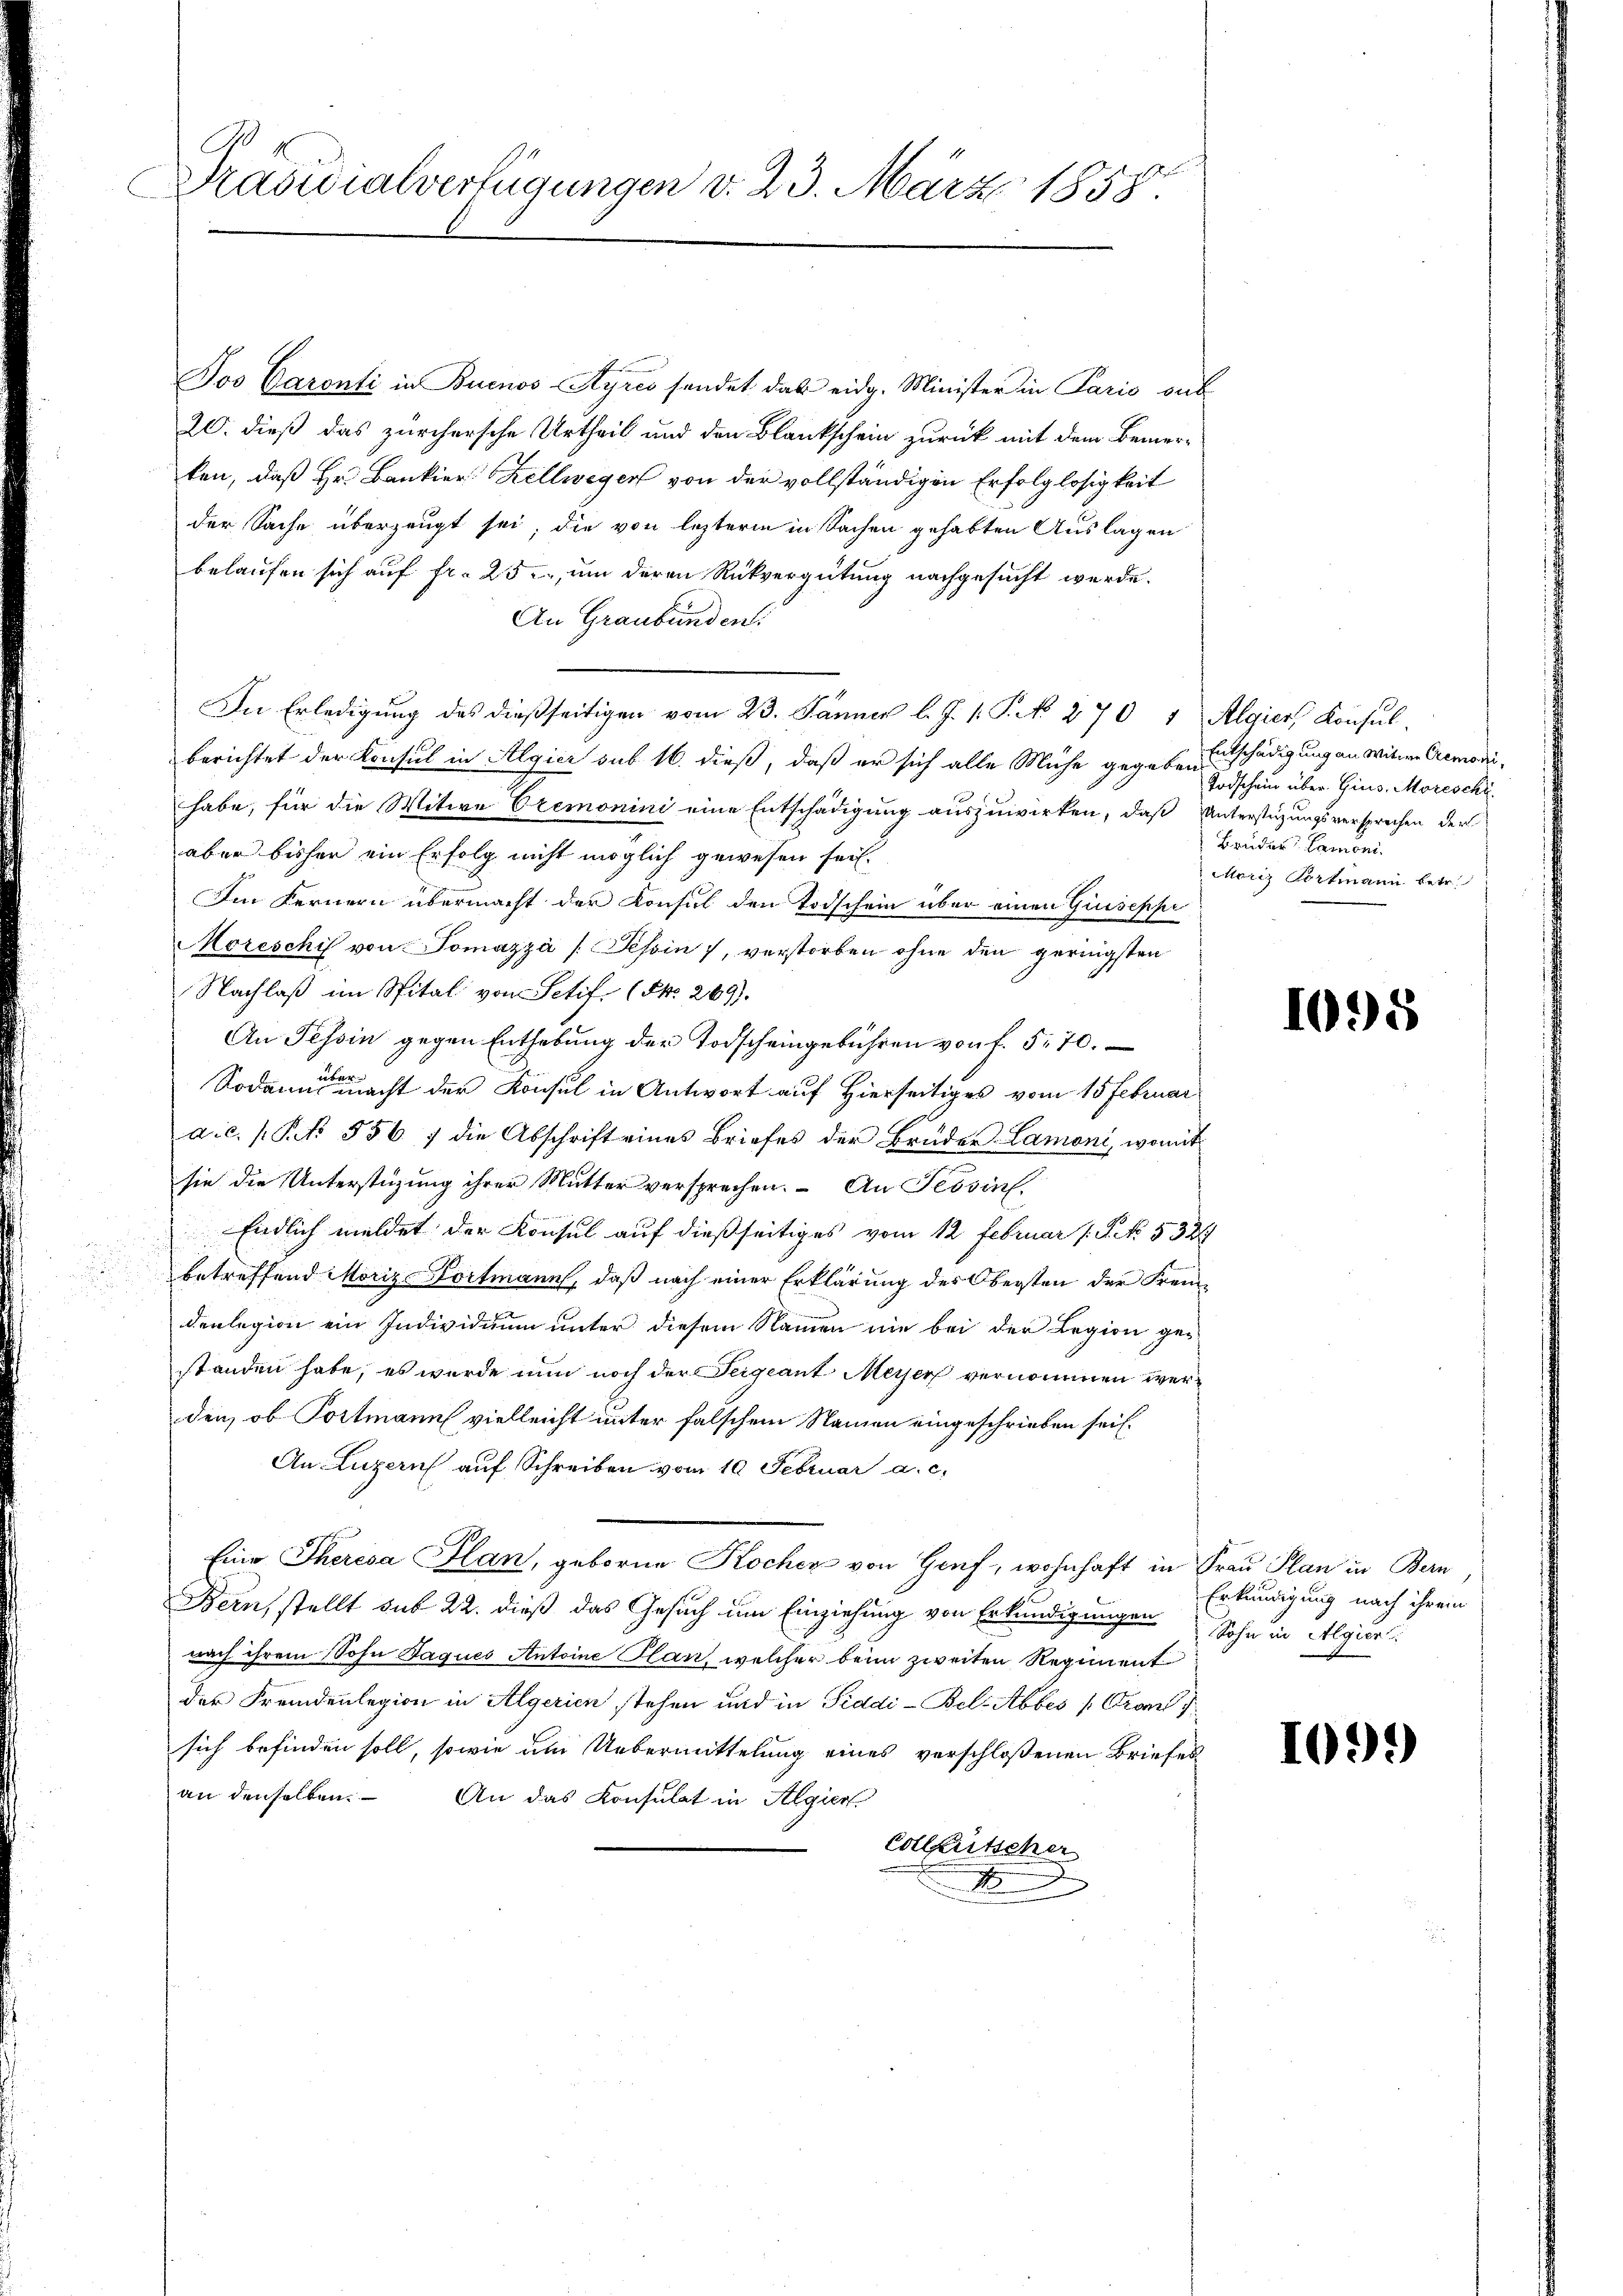
Präsidialverfügungen v. 23. März 1858.

Joo Caronti in Buenos-Ayres sendet das eidg. Minister in Paris auf
20. dieß das zürchersche Urtheil und den Blankschein zurück mit dem Bemerken, daß Hr. Bankier Zellwegen von der vollständigen Erfolglosigkeit
der Sache überzeugt sei, die von lezterm in Sachen gehabten Auslagen
belaufen sich auf fr. 25, um deren Rückvergütung nachgesucht werde.
An Graubünden.
In Erledigung des dießseitigen vom 23. Jänner l. J. 1. P. No. 270 1 Algier, Konsulberichtet der Konsul in Algier sub 16. dieß, daß er sich alle Mühe gegeben
habe, für die Witwe Cremonini eine Entschädigung auszuwirken, daß Unterstüzungsversprechen der
aber bisher ein Erfolg nicht möglich gewesen sei.
Im Fernern übermacht der Konsul den Todschein über einen Giuseppi
oreschif von Tomazza /: Tessin, verstorben ohne den geringsten
Nachlaß im Spital von Petif. (NNo. 269).
An Tessin gegen Enthebung der Todscheingebühren von f. 570.
Sodann er nacht der Konsul in Antwort auf Hierseitiges vom 15 Februar
dic. S. 556. 7 die Abschrift eines Briefes der Brüder Lamoni, womit
sie die Unterstüzung ihrer Mutter versprechen. An Tessin.
Endlich meldet der Konsul auf dießseitiges vom 12 Februar 1. P. NNo. 5324
betreffend Morize Dortmann, daß nach einer Erklärung des Obersten der Fremdenlegion ein Individuum unter diesem Namen nie bei der Legion ge-
standen habe, es wurde nun noch der Teigeant Meyer vernommen werden, ob Portmann vielleicht unter falschem Namen eingeschrieben seit
An Luzern auf Schreiben vom 10. Februar a. c.
Eine Theresa Plan, geboren Kocher von Genf, wohnhaft in Frau Plan in Bern
Bern, stellt sub 22. dieß das Gesuch um Einziehung von Erkundigungen Sohn in Algier
nach ihrem Sohn Jaques Antoine Plan, welcher beim zweiten Regiment
der Fremdenlegion in Algerien stehen und in Piddi-Bel-Abbes (Gran
sich befinden soll, sowie am Uebermittelung eines verschloßenen Briefes
an denselben
An das Konsulat in Algier
Collitscher
x

Entschädigung an Witwe Cremoni,
Todschein über Gins. Moreschi
Bruder Lamoni.
Moriz Portmann betr.

1095

Erkundigung nach ihrem

103)